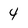
Character: 4